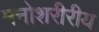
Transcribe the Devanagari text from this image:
मनोशरीरीय